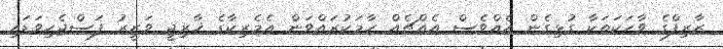
ޒާރިފްގެ ވާހަކަތަކާ ގުޅިގެން އެއްވެސް އެއްޗެއް ހާމަކުރައްވަން އެމެރިކާގެ ޚާރިޖީ ވަޒީރު ފަސްޖެހިވަޑައި